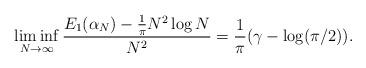
LaTeX: \begin{align*}\liminf_{N\rightarrow\infty}\frac{E_{1}(\alpha_{N})-\frac{1}{\pi}N^2 \log N}{N^2}=\frac{1}{\pi}(\gamma-\log(\pi/2)).\end{align*}